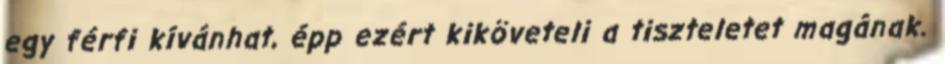
egy férfi kívánhat, épp ezért kiköveteli a tiszteletet magának.